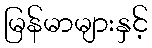
မြန်မာများနှင့်